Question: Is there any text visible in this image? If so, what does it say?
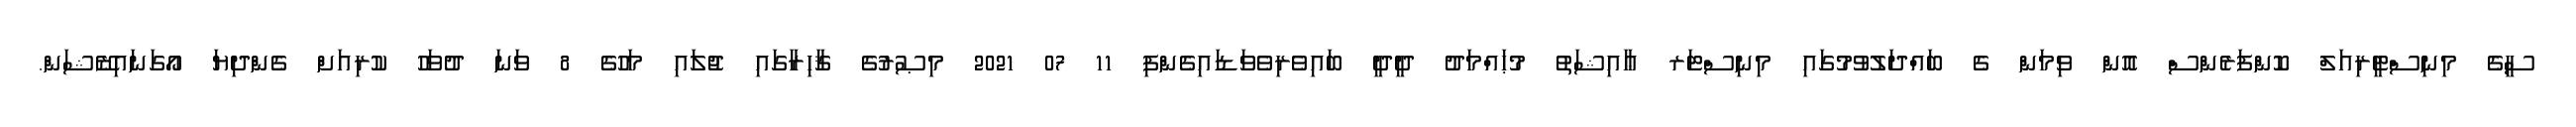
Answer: ސީގެ މިނިސްޓީރިއަލް ކޮންފަރެންސް އޮން ވިމަން ގެ ބައްދަލުވުމުގައި މިނިސްޓަރ ޢާއިޝަތު މުޙައްމަދު ދީދީ ބައިވެރިވެވަޑައިގެންފި 11 07 2021 މިޞުރުގެ ޤާހިރާގައި ޖުލައި މަހުގެ 8 ވަނަ ދުވަހު ކުރިއަށް ގެންދިޔަ އޯގަނައިޒޭޝަން.